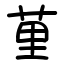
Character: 荲